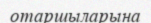
отаршыларына